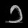
Digit: ၁